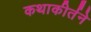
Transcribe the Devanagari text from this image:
कथाकीर्तने